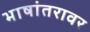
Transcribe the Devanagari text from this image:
भाषांतरावर